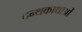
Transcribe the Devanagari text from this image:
दन्थकाथाओं